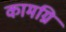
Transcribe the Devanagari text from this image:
कामग्नि